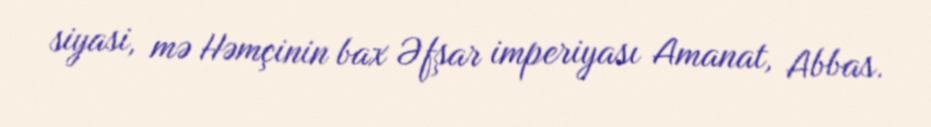
siyasi, mə Həmçinin bax Əfşar imperiyası Amanat, Abbas.